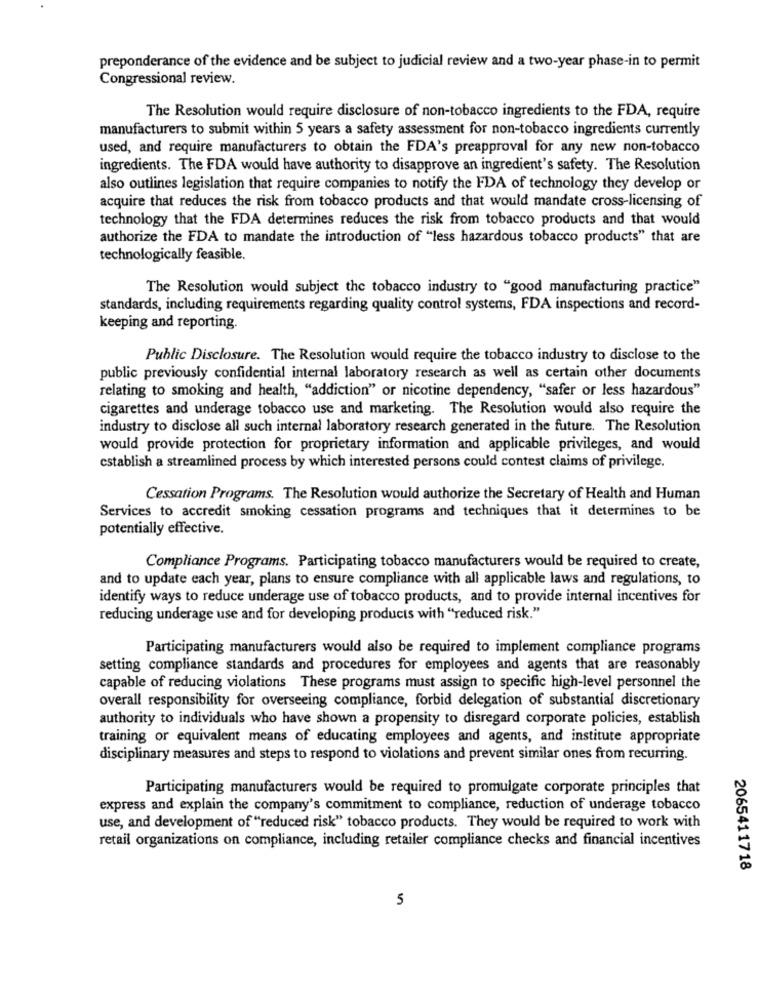
preponderance of the evidence and be subject to judicial review and a two-year phase-in to permit
Congressional review.
The Resolution would require disclosure of non-tobacco ingredients to the FDA, require
manufacturers to submit within 5 years a safety assessment for non-tobacco ingredients currently
used, and require manufacturers to obtain the FDA's preapproval for any new non-tobacco
ingredients. The FDA would have authority to disapprove an ingredient's safety. The Resolution
also outlines legislation that require companies to notify the FDA of technology they develop or
acquire that reduces the risk from tobacco products and that would mandate cross-licensing of
technology that the FDA determines reduces the risk from tobacco products and that would
authorize the FDA to mandate the introduction of "less hazardous tobacco products" that are
technologically feasible.
The Resolution would subject the tobacco industry to "good manufacturing practice"
standards, including requirements regarding quality control systems, FDA inspections and record-
keeping and reporting.
Public Disclosure. The Resolution would require the tobacco industry to disclose to the
public previously confidential internal laboratory research as well as certain other documents
relating to smoking and health, "addiction" or nicotine dependency, "safer or less hazardous"
cigarettes and underage tobacco use and marketing. The Resolution would also require the
industry to disclose all such internal laboratory research generated in the future. The Resolution
would provide protection for proprietary information and applicable privileges, and would
establish a streamlined process by which interested persons could contest claims of privilege.
Cessation Programs. The Resolution would authorize the Secretary of Health and Human
Services to accredit smoking cessation programs and techniques that it determines to be
potentially effective.
Compliance Programs. Participating tobacco manufacturers would be required to create,
and to update each year, plans to ensure compliance with all applicable laws and regulations, to
identify ways to reduce underage use of tobacco products, and to provide internal incentives for
reducing underage use and for developing products with "reduced risk."
Participating manufacturers would also be required to implement compliance programs
setting compliance standards and procedures for employees and agents that are reasonably
capable of reducing violations These programs must assign to specific high-level personnel the
overall responsibility for overseeing compliance, forbid delegation of substantial discretionary
authority to individuals who have shown a propensity to disregard corporate policies, establish
training or equivalent means of educating employees and agents, and institute appropriate
disciplinary measures and steps to respond to violations and prevent similar ones from recurring.
Participating manufacturers would be required to promulgate corporate principles that
express and explain the company's commitment to compliance, reduction of underage tobacco
use, and development of "reduced risk" tobacco products. They would be required to work with
retail organizations on compliance, including retailer compliance checks and financial incentives
2065411718
5